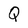
Character: Q